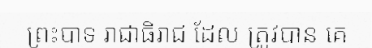
ព្រះបាទ រាជាធិរាជ ដែល ត្រូវបាន គេ